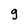
Character: g